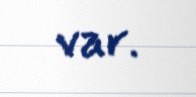
var.